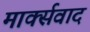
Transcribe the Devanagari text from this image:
मार्क्‍सवाद